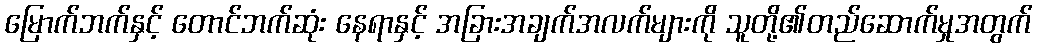
မြောက်ဘက်နှင့် တောင်ဘက်ဆုံး နေရာနှင့် အခြားအချက်အလက်များကို သူတို့၏တည်ဆောက်မှုအတွက်